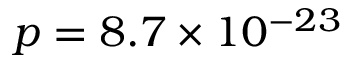
p = 8 . 7 \times 1 0 ^ { - 2 3 }